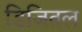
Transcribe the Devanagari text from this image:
डिजितल